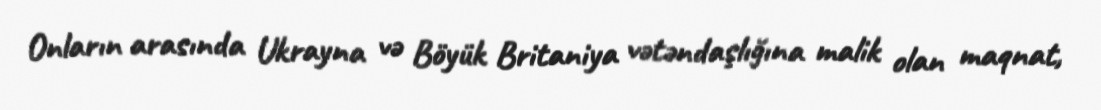
Onların arasında Ukrayna və Böyük Britaniya vətəndaşlığına malik olan maqnat,